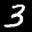
Digit: 3